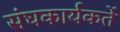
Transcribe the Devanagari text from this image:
संघकार्यकर्ते